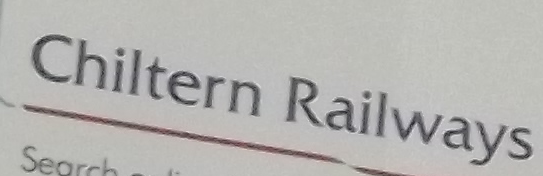
Chiltern Railways